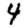
Digit: 4